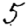
Digit: 5